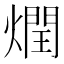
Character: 𰟟